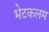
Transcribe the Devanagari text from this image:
भेटकलम